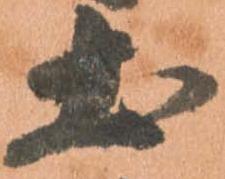
土